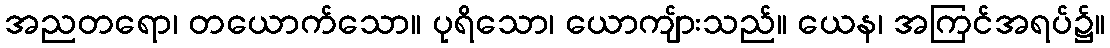
အညတရော၊ တယောက်သော။ ပုရိသော၊ ယောကျ်ားသည်။ ယေန၊ အကြင်အရပ်၌။